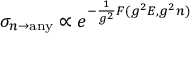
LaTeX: \sigma _ { n \to \mathrm { a n y } } \propto e ^ { - { \frac { 1 } { g ^ { 2 } } } F ( g ^ { 2 } E , g ^ { 2 } n ) }